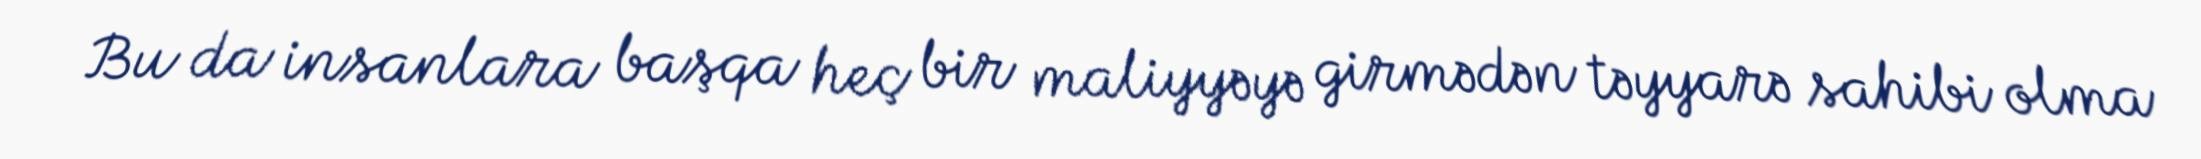
Bu da insanlara başqa heç bir maliyyəyə girmədən təyyarə sahibi olma